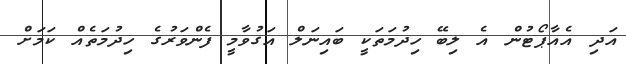
އަދި އެއާޕޯޓުން އެ ލިބޭ ހިދުމަތަކީ ބައިނަލް އަގުވާމީ ފެންވަރުގެ ހިދުމަތެއް ކަމަށް